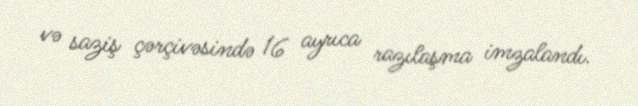
və saziş çərçivəsində 16 ayrıca razılaşma imzalandı.